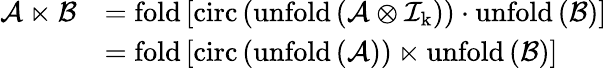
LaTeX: \begin{array}{rl}{\mathcal{A}\ltimes\mathcal{B}}&{=\mathrm{fold}\left[\mathrm{circ}\left(\mathrm{unfold\left(\mathcal{A}\otimes\mathcal{I}_{k}\right)}\right)\cdot\mathrm{unfold}\left(\mathcal{B}\right)\right]}\\ &{=\mathrm{fold}\left[\mathrm{circ}\left(\mathrm{unfold\left(\mathcal{A}\right)}\right)\ltimes\mathrm{unfold}\left(\mathcal{B}\right)\right]}\end{array}